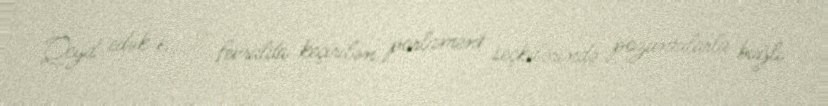
Qeyd edək ki, 9 fevralda keçirilən parlament seçkilərində pozuntularla bağlı